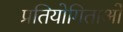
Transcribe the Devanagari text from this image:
प्रतियोगिताओँ